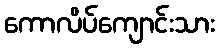
ကောလိပ်ကျောင်းသား